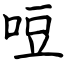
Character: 哣